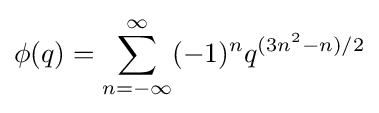
\phi (q)=\sum _{n=-\infty }^{\infty }(-1)^{n}q^{(3n^{2}-n)/2}